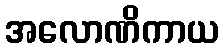
အလောဏိကာယ